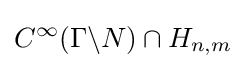
C^{\infty }(\Gamma \backslash N)\cap H_{n,m}